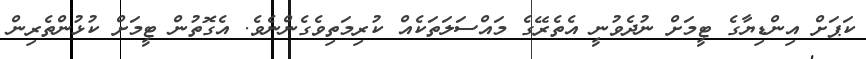
ކަޕަށް އިންޑިޔާގެ ޓީމަށް ނުދެވުނީ އެތެރޭގެ މައްސަލަތަކެއް ކުރިމަތިވެގެންނެވެ. އެގޮތުން ޓީމަށް ކުޅުންތެރިން